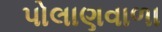
પોલાણવાળા